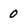
Character: 0